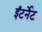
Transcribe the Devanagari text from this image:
ईंटर्नेट